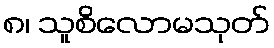
၈၊ သူစိလောမသုတ်